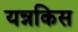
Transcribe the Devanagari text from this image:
यन्नकिस